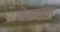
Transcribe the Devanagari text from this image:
फ़्रेमयुक्त